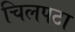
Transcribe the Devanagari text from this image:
चिलपटा